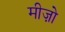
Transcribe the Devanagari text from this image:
मीज़ो